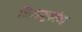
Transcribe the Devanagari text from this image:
निवडणुकांना